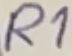
Text: R1